Annual vaccination report of Bihar and Orissa - 1911-1928
Year: 1911
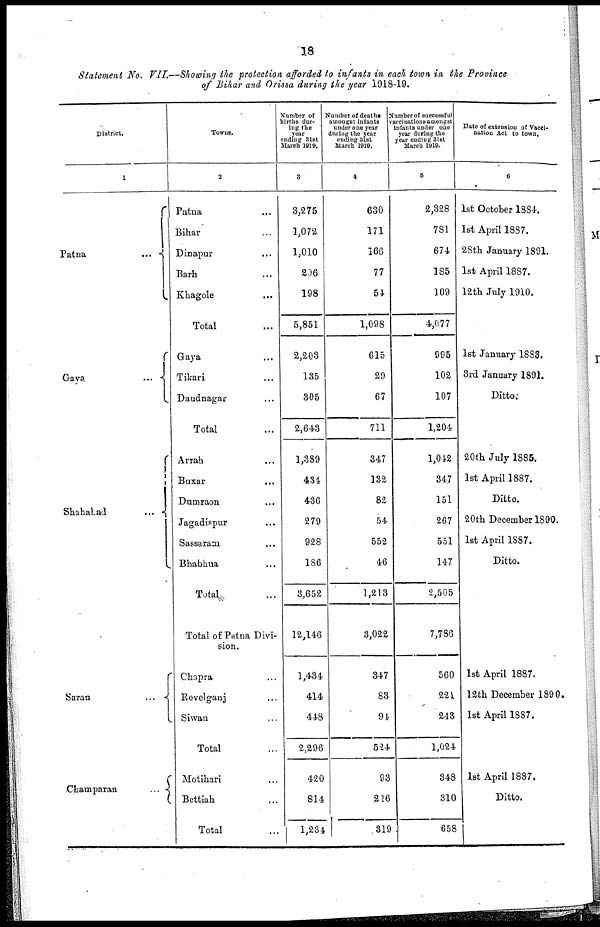
18
Statement No. VII.—Showing the protection afforded to infants in each town in the Province
of Bihar and Orissa during the year 1918-19.
District.
1
Patna
...
Gaya
...
Shahabad
...
Saran
...
Champaran
...
Towns.
2
Patna ...
Bihar ...
Dinapur ...
Barh ...
Khagole ...
Total ...
Gaya ...
Tikari ...
Daudnagar ...
Total ...
Arrah ...
Buxar ...
Dumraon ...
Jagadispur ...
Sassaram ...
Bhabhua ...
Total ...
Total of Patna Divi-
sion.
Chapra ...
Revelganj ...
Siwan ...
Total ...
Motihari ...
Bettiah ...
Total ...
Number of
births dur-
ing the
year
ending 31st
March 1919.
3
3,275
1,072
1,010
296
198
5,851
2,203
135
305
2,643
1,389
434
436
279
928
186
3,652
12,146
1,434
414
448
2,296
420
814
1,234
Number of deaths
amongst infants
under one year
during the year
ending 31st
March 1919.
4
630
171
166
77
54
1,098
615
29
67
711
347
132
82
54
552
46
1,213
3,022
347
83
94
524
93
226
319
Number of successful
vaccinations amongst
infants under one
year during the
year ending 31st
March 1919.
5
2,328
781
674
185
109
4,077
995
102
107
1,204
1,042
347
151
267
551
147
2,505
7,786
560
221
243
1,024
348
310
658
Date of extension of Vacci-
nation Act to town.
6
1st October 1884.
1st April 1887.
28th January 1891.
1st April 1887.
12th July 1910.
1st January 1883.
3rd January 1891.
Ditto.
20th July 1885.
1st April 1887.
Ditto.
20th December 1890.
1st April 1887.
Ditto.
1st April 1887.
12th December 1890.
1st April 1887.
1st April 1887.
Ditto.